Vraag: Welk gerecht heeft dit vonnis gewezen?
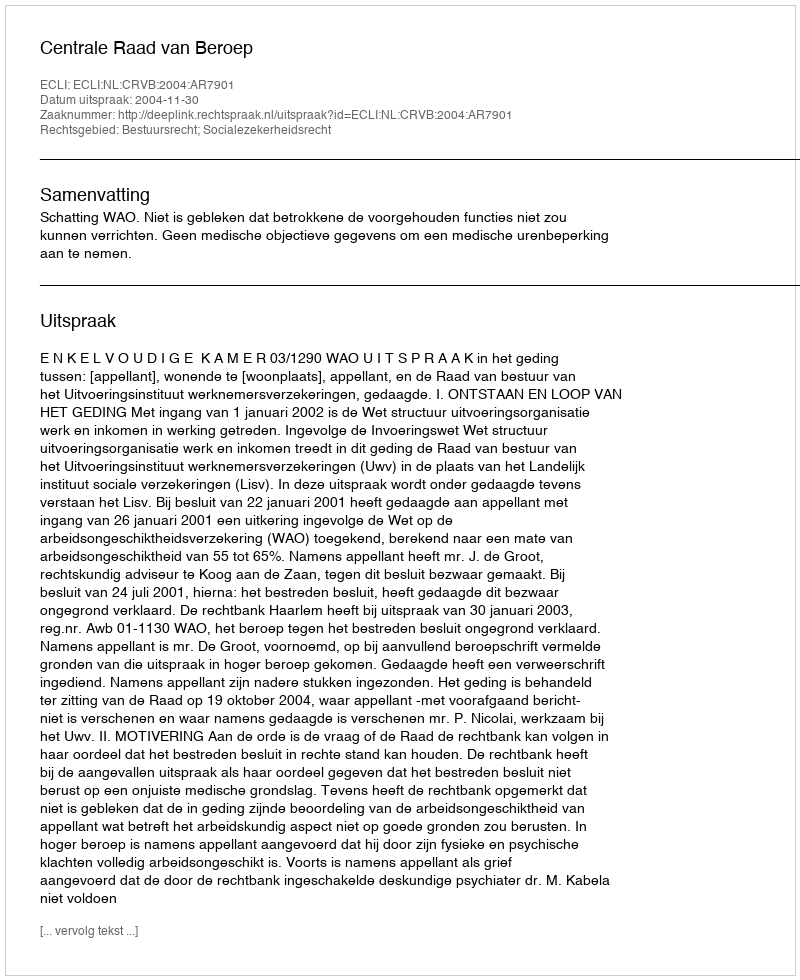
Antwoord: Centrale Raad van Beroep